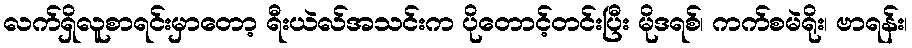
လက်ရှိလူစာရင်းမှာတော့ ရီးယဲလ်အသင်းက ပိုတောင့်တင်းပြီး မိုဒရစ်၊ ကက်စမဲရိုး၊ ဗာရန်း၊